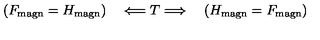
( F _ { \mathrm { m a g n } } = H _ { \mathrm { m a g n } } ) \quad \Longleftarrow T \Longrightarrow \quad ( H _ { \mathrm { m a g n } } = F _ { \mathrm { m a g n } } )